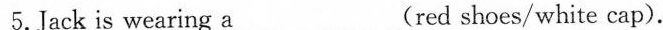
5.Jack is wearing a_(red shoes/ white cap).